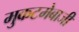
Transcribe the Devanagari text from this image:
मुकटमेबाजी